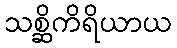
သစ္ဆိကိရိယာယ